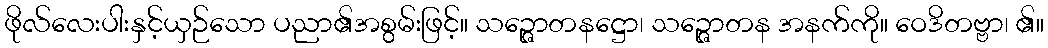
ဖိုလ်လေးပါးနှင့်ယှဉ်သော ပညာ၏အစွမ်းဖြင့်။ သဉ္ဇောတနဋ္ဌော၊ သဉ္ဇောတန အနက်ကို။ ဝေဒိတဗ္ဗာ၊ ၏။